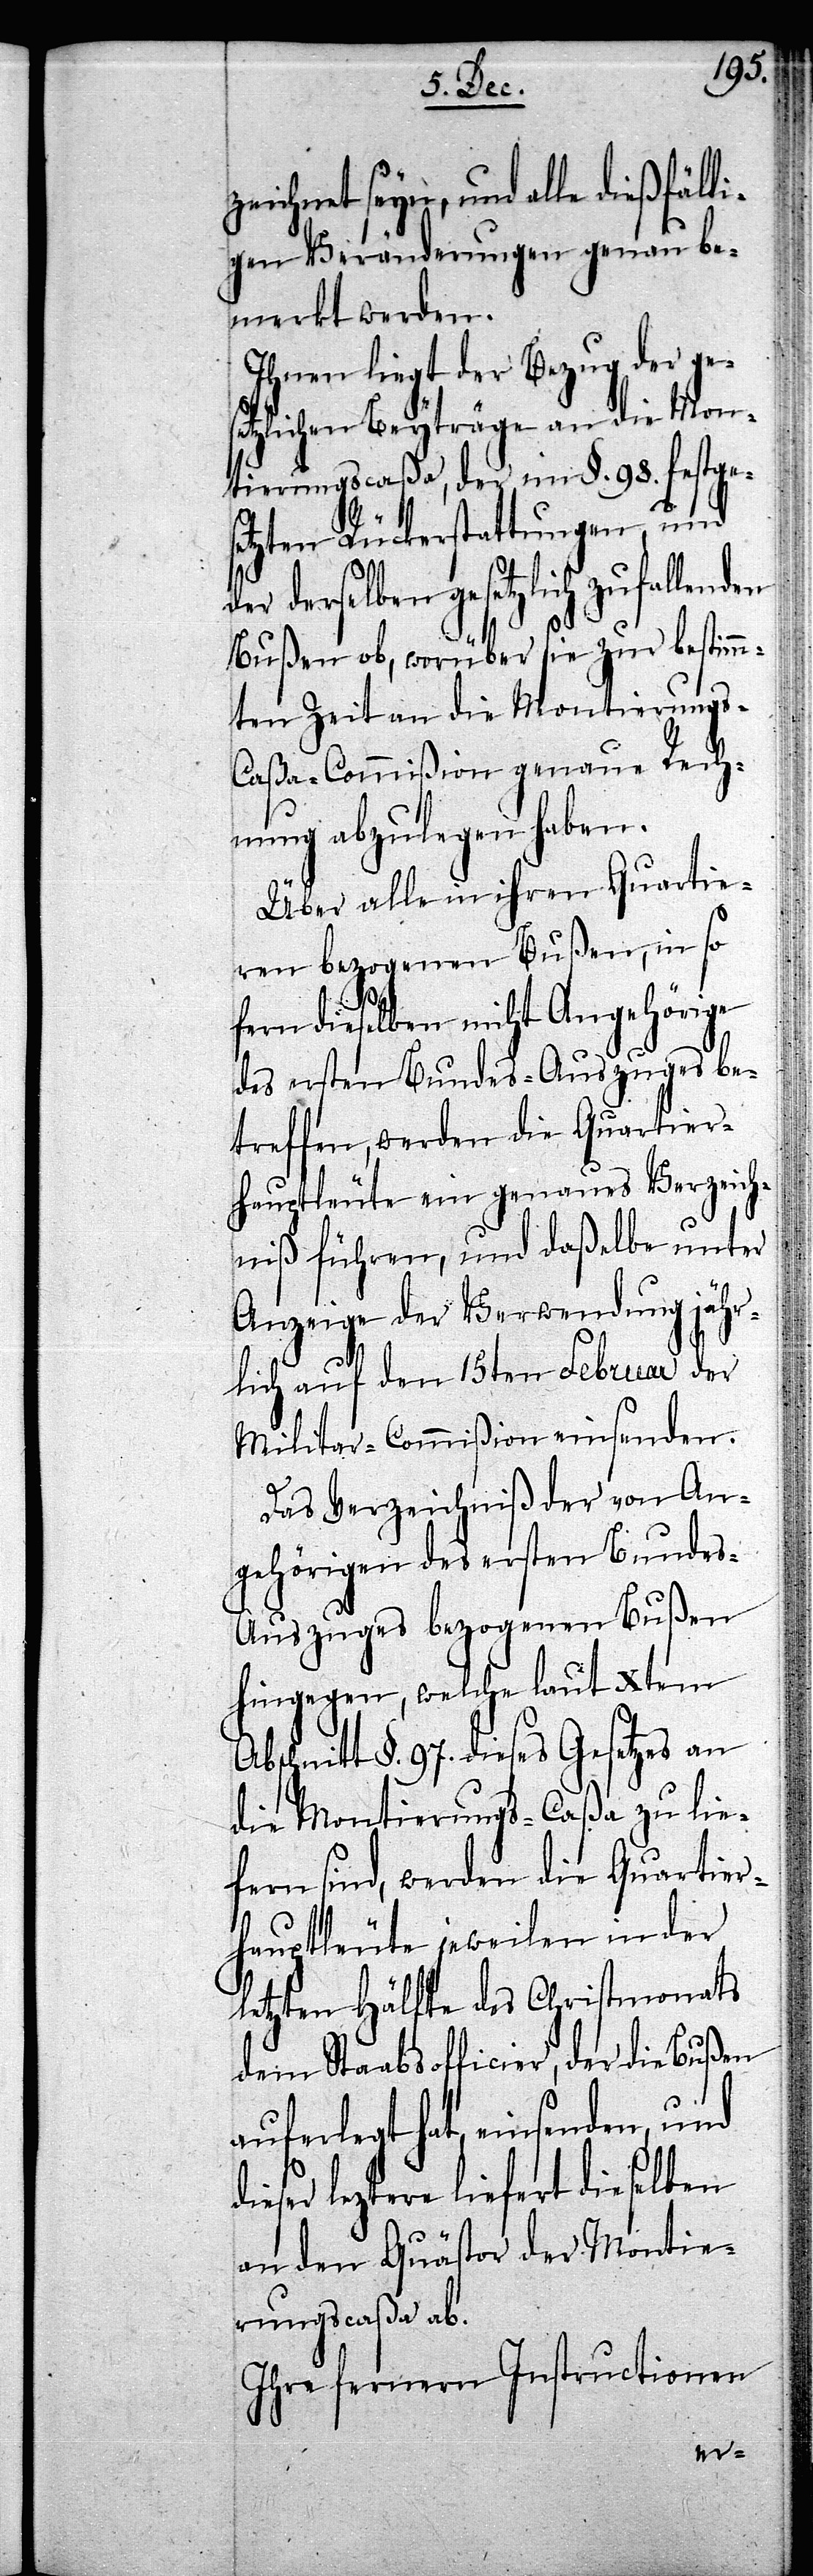
zeichnet seyn, und alle dießfälli¬
gen Veränderungen genau be¬
merkt werden.
Ihnen liegt der Bezug der ge¬
tzlichen Beyträge an die Mon¬
tierungscaßa, der im §. 98. festges¬
etzten Rückerstattungen, und
er derselben gesetzlich zufall¬
Bußen ob, worüber sie zur bestimm¬
ten Zeit an die Montierungs-C¬
aßa-Commißion genaue Rech¬
nung abzulegen haben.
Über alle in ihren Quartie¬
ren bezogenen Bußen, in so
fern dieselben nicht Angehörige
des ersten Bundes-Auszuges be¬
hauptleute ein genaues Verzeich¬
niß führen, und daßelbe unter
Anzeige der Verwendung jähr¬
lich auf den 15ten Februar der
Militar-Commißion einsenden.
Das Verzeichniß der von An¬
gehörigen des ersten Bunde¬
s-Auszuges bezogenen Bußen
hingegen, welche laut Xtem
bschnitt §. 97. dieses Gesetzes an
die Montierungs-Caßa zu lie¬
fern sind, werden die Quartier¬
hauptleute jeweilen in der
letzten Hälfte des Christmonats
dem Staabsofficier, der die Bußen
auferlegt hat, einsenden, und
eser leztere liefert dieselben
an den Quästor der Montie¬
rungscaßa ab.
Ihre fernern Instructionen
di¬